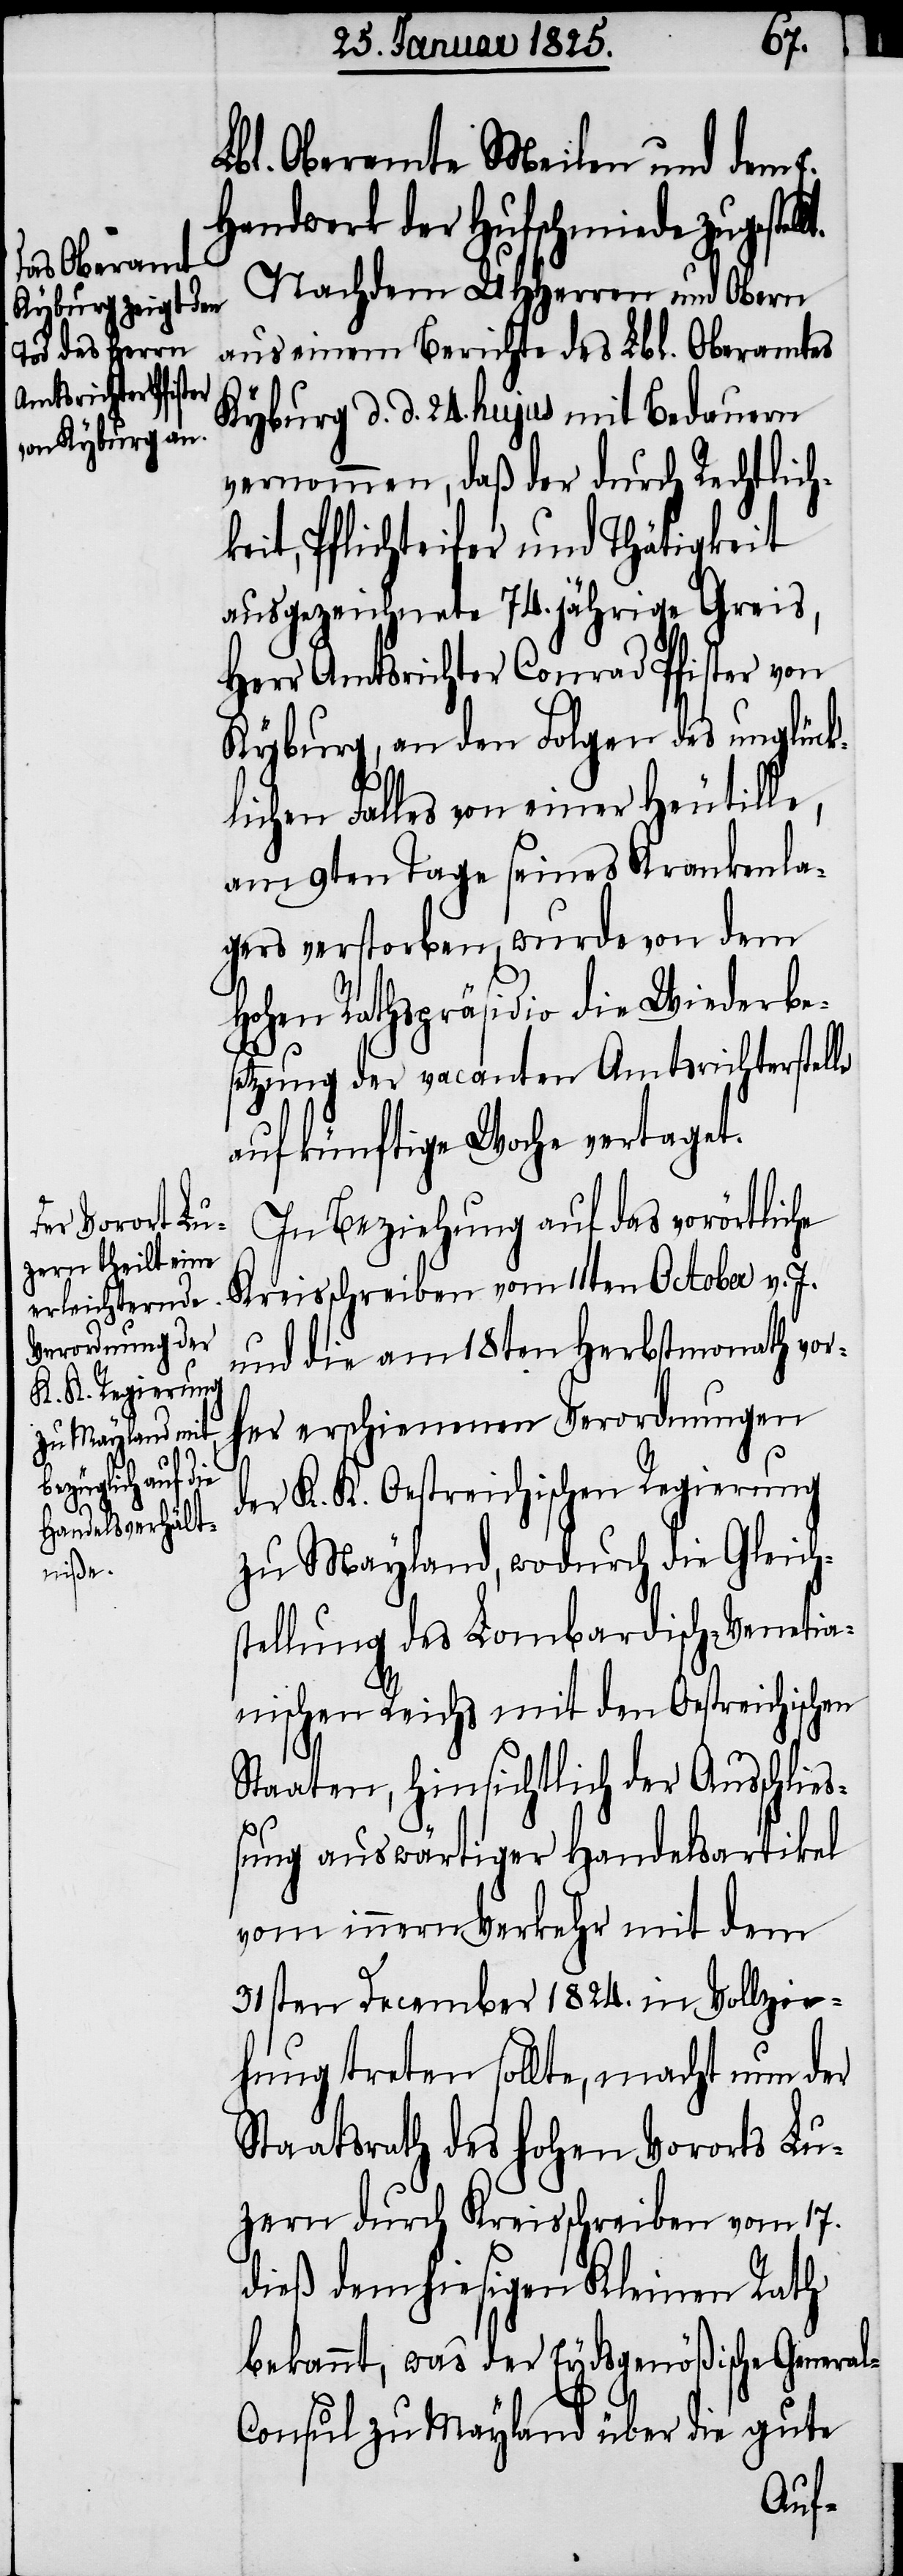
ellt.
Lbl. Oberamte Meilen und dem E.
Handwerk der Hufschmiede zugest¬
Nachdem UHHerren und Obern
aus einem Berichte des Lbl. Oberamtes
Kyburg d. d. 24. hujus mit Bedauern
vernommen, daß der durch Rechtlich¬
keit, Pflichteifer und Thätigkeit
ausgezeichnete 74. jährige Greis,
Herr Amtsrichter Conrad Pfister von
Kyburg, an den Folgen des unglück¬
lichen Falles von einer Heutille,
am 9ten Tage seines Krankenla¬
gers verstorben, wurde von dem
Hohen Rathspräsidio die Wiederbe¬
setzung der vacanten Amtsrichterstelle
auf künftige Woche vertaget.
In Beziehung auf das vorörtliche
Kreisschreiben vom 11ten October v. J.
und die am 18ten Herbstmonath vor¬
her erschienenen Verordnungen
der K. K. Oestreichischen Regierung
zu Mayland, wodurch die Gleich¬
stellung des Lombardisch-Venetia¬
nischen Reichs mit den Oestreichischen
Staaten, hinsichtlich der Ausschließ¬
ung auswärtiger Handelsartikel
vom innern Verkehr mit dem
31sten December 1824. in Vollzie¬
hung treten sollte, macht nun der
Staatsrath des hohen Vororts Lu¬
zern durch Kreisschreiben vom 17.
dieß dem hiesigen Kleinen Rath
bekannt, was der Eydsgenößische Genera¬
l-Consul zu Mayland über die gute